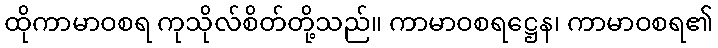
ထိုကာမာဝစရ ကုသိုလ်စိတ်တို့သည်။ ကာမာဝစရဋ္ဌေန၊ ကာမာဝစရ၏